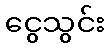
ငွေသွင်း